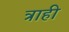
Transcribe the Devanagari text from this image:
त्राही